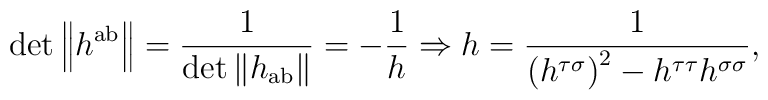
\det \left\| h^{{\rm ab}}\right\| =\frac 1{\det \left\| h_{{\rm ab}}\right\| }=-\frac 1h\Rightarrow h=\frac 1{\left( h^{\tau \sigma }\right) ^2-h^{\tau\tau }h^{\sigma \sigma }},